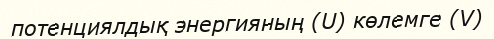
потенциялдық энергияның (U) көлемге (V)